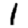
Digit: 1